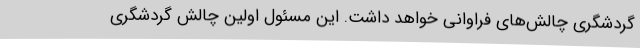
گردشگری چالش‌های فراوانی خواهد داشت. این مسئول اولین چالش گردشگری